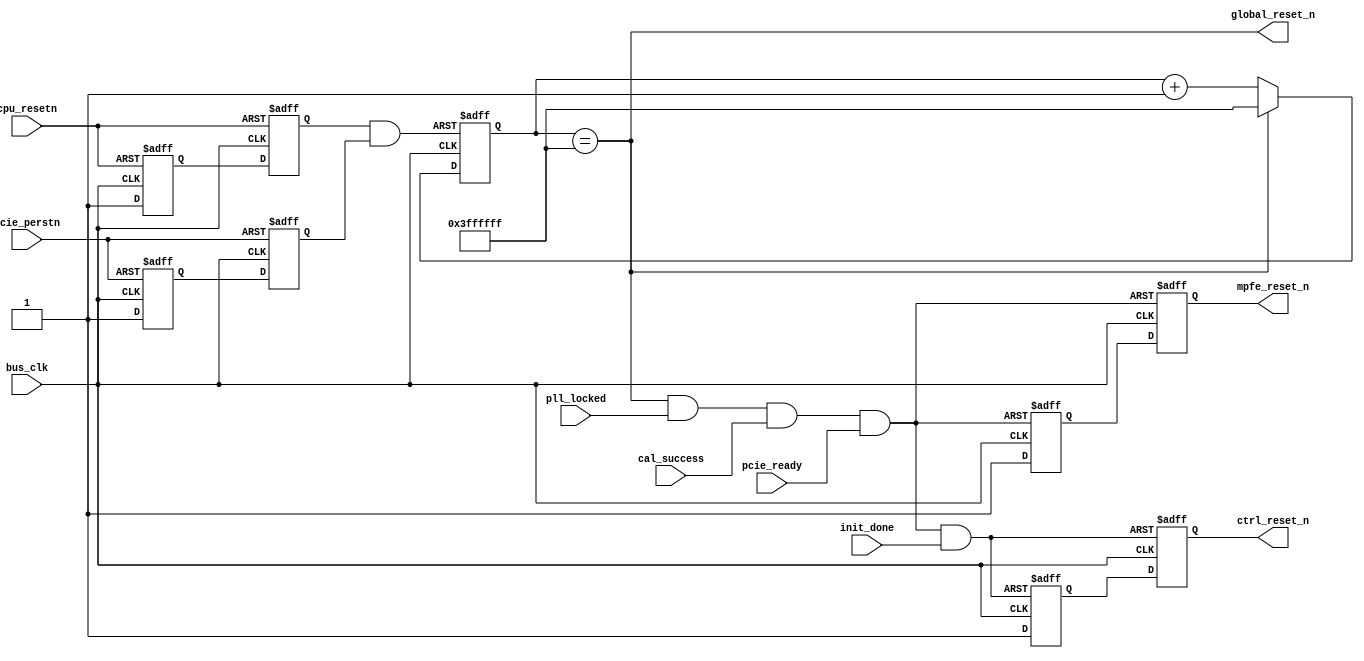
module mpfe_rst
    ( input     bus_clk
    , input     pll_locked
    , input     cal_success
    , input     init_done
    , input     pcie_perstn
    , input     cpu_resetn
    , input     pcie_ready

    , output    global_reset_n
    , output    mpfe_reset_n
    , output    ctrl_reset_n
    );

// for simulation, make sure we don't spend too long resetting
`ifdef MODEL_TECH
    localparam STOP_COUNT = 26'h000000f;
`else
    localparam STOP_COUNT = 26'h3ffffff;
`endif

    reg mpfe_reg[1:0];
    assign mpfe_reset_n = mpfe_reg[1];

    reg ctrl_reg[1:0];
    assign ctrl_reset_n = ctrl_reg[1];

    reg [25:0] reset_timer;
    reg pcie_perstn_sync[1:0];
    reg cpu_resetn_sync[1:0];

    wire timer_resetn = cpu_resetn_sync[1] & pcie_perstn_sync[1];

    // sync deassert for cpu_resetn
    always @(posedge bus_clk or negedge cpu_resetn) begin
        if (~cpu_resetn) begin
            cpu_resetn_sync[0] <= 0;
            cpu_resetn_sync[1] <= 0;
        end else begin
            cpu_resetn_sync[0] <= 1;
            cpu_resetn_sync[1] <= cpu_resetn_sync[0];
        end
    end

    // sync deassert for pcie_perstn
    always @(posedge bus_clk or negedge pcie_perstn) begin
        if (~pcie_perstn) begin
            pcie_perstn_sync[0] <= 0;
            pcie_perstn_sync[1] <= 0;
        end else begin
            pcie_perstn_sync[0] <= 1;
            pcie_perstn_sync[1] <= pcie_perstn_sync[0];
        end
    end

    always @(posedge bus_clk or negedge timer_resetn) begin
        if (~timer_resetn) begin
            reset_timer <= 0;
        end else if (reset_timer == STOP_COUNT) begin
            reset_timer <= STOP_COUNT;
        end else begin
            reset_timer <= reset_timer + 1'b1;
        end
    end

    assign global_reset_n = reset_timer == STOP_COUNT;

    /* mpfe reset deasserts when pll_locked and cal_success and pcie_ready */
    /* deassert synchronous to bus_clk domain */
    wire mpfe_arstn = global_reset_n & pll_locked & cal_success & pcie_ready;
    always @(posedge bus_clk or negedge mpfe_arstn) begin
        if (~mpfe_arstn) begin
            mpfe_reg[0] <= 0;
            mpfe_reg[1] <= 0;
        end else begin
            mpfe_reg[0] <= 1;
            mpfe_reg[1] <= mpfe_reg[0];
        end
    end

    wire ctrl_arstn = global_reset_n & pll_locked & cal_success & pcie_ready & init_done;
    always @(posedge bus_clk or negedge ctrl_arstn) begin
        if (~ctrl_arstn) begin
            ctrl_reg[0] <= 0;
            ctrl_reg[1] <= 0;
        end else begin
            ctrl_reg[0] <= 1;
            ctrl_reg[1] <= ctrl_reg[0];
        end
    end

endmodule